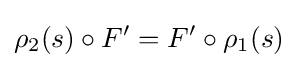
\rho _{2}(s)\circ F'=F'\circ \rho _{1}(s)